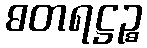
ဓတရဋ္ဌဉ္စ